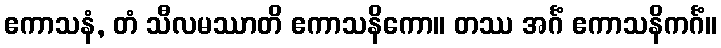
ဧကာသနံ, တံ သီလမဿာတိ ဧကာသနိကော။ တဿ အင်္ဂံ ဧကာသနိကင်္ဂံ။